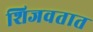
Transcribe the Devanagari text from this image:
शिजवतात